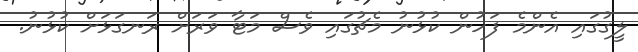
ލީގުގައި އެންމެ ފަހުން ކުޅުނު މެޗުގައި ވެސް މަޓާ ވަރަށް ރަނގަޅަށް ކުޅުނު.